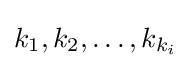
k_{1},k_{2},\ldots ,k_{k_{i}}